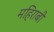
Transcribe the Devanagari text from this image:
महिराबी